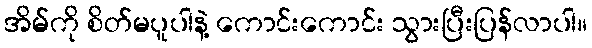
အိမ်ကို စိတ်မပူပါနဲ့ ကောင်းကောင်း သွားပြီးပြန်လာပါ။